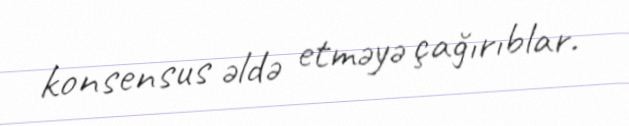
konsensus əldə etməyə çağırıblar.